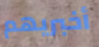
أخبريهم